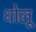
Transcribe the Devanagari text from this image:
धोलू